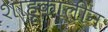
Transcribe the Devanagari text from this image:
शाहूकालीन